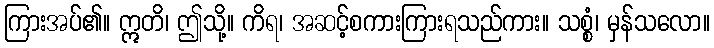
ကြားအပ်၏။ ဣတိ၊ ဤသို့။ ကိရ၊ အဆင့်စကားကြားရသည်ကား။ သစ္စံ၊ မှန်သလော။